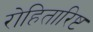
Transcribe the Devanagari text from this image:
रोहितारिष्ट